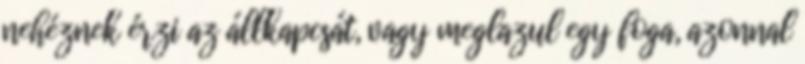
nehéznek érzi az állkapcsát, vagy meglazul egy foga, azonnal